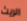
الريث